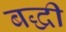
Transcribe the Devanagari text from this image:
बद्धी